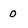
Character: 0